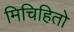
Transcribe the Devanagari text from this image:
मिचिहितो